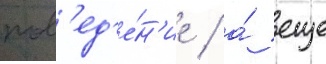
пов'ед'е́н'ие / а́ еще